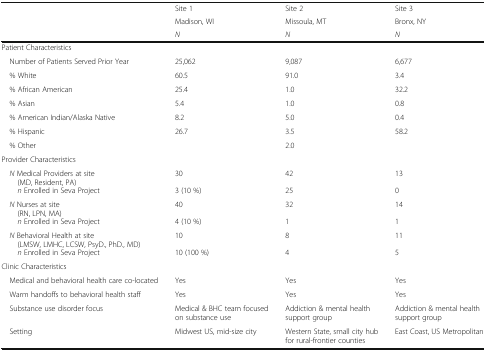
<table><thead><tr><td rowspan="3"></td><td><b>Site 1</b></td><td><b>Site 2</b></td><td><b>Site 3</b></td></tr><tr><td><b>Madison, WI</b></td><td><b>Missoula, MT</b></td><td><b>Bronx, NY</b></td></tr><tr><td><b><i>N</i></b></td><td><b><i>N</i></b></td><td><b><i>N</i></b></td></tr></thead><tbody><tr><td colspan="4">Patient Characteristics</td></tr><tr><td> Number of Patients Served Prior Year</td><td>25,062</td><td>9,087</td><td>6,677</td></tr><tr><td> % White</td><td>60.5</td><td>91.0</td><td>3.4</td></tr><tr><td> % African American</td><td>25.4</td><td>1.0</td><td>32.2</td></tr><tr><td> % Asian</td><td>5.4</td><td>1.0</td><td>0.8</td></tr><tr><td> % American Indian/Alaska Native</td><td>8.2</td><td>5.0</td><td>0.4</td></tr><tr><td> % Hispanic</td><td>26.7</td><td>3.5</td><td>58.2</td></tr><tr><td> % Other</td><td></td><td>2.0</td><td></td></tr><tr><td colspan="4">Provider Characteristics</td></tr><tr><td> <i>N</i> Medical Providers at site(MD, Resident, PA)</td><td>30</td><td>42</td><td>13</td></tr><tr><td><i>n</i> Enrolled in Seva Project</td><td>3 (10 %)</td><td>25</td><td>0</td></tr><tr><td> <i>N</i> Nurses at site(RN, LPN, MA)</td><td>40</td><td>32</td><td>14</td></tr><tr><td><i>n</i> Enrolled in Seva Project</td><td>4 (10 %)</td><td>1</td><td>1</td></tr><tr><td> <i>N</i> Behavioral Health at site(LMSW, LMHC, LCSW, PsyD., PhD., MD)</td><td>10</td><td>8</td><td>11</td></tr><tr><td><i>n</i> Enrolled in Seva Project</td><td>10 (100 %)</td><td>4</td><td>5</td></tr><tr><td colspan="4">Clinic Characteristics</td></tr><tr><td> Medical and behavioral health care co-located</td><td>Yes</td><td>Yes</td><td>Yes</td></tr><tr><td> Warm handoffs to behavioral health staff</td><td>Yes</td><td>Yes</td><td>Yes</td></tr><tr><td> Substance use disorder focus</td><td>Medical &amp; BHC team focused on substance use</td><td>Addiction &amp; mental health support group</td><td>Addiction &amp; mental health support group</td></tr><tr><td> Setting</td><td>Midwest US, mid-size city</td><td>Western State, small city hub for rural-frontier counties</td><td>East Coast, US Metropolitan</td></tr></tbody></table>